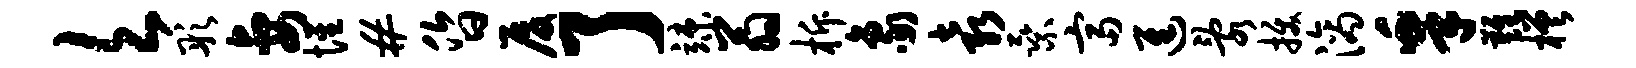
欠彤妻惺#昏厦了竦翁柝象袁乘富进乱拔滴皋难槎